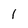
Character: 1